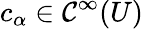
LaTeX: c_{\alpha}\in\mathcal{C}^{\infty}(U)